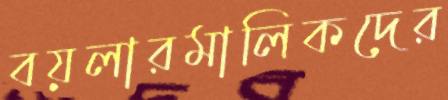
বয়লারমালিকদের